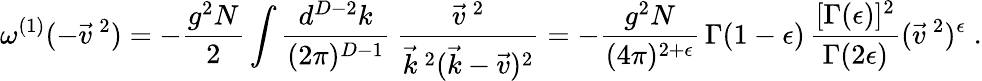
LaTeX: \omega^{(1)}(-\vec{v}^{\: 2})=-\frac{g^{2}N}{2}\int\frac{d^{D-2}k}{(2\pi)^{D-1}}\: \frac{\vec{v}^{\: 2}}{\vec{k}^{\: 2}(\vec{k}-\vec{v})^{2}}=-\frac{g^{2}N}{(4\pi)^{2+\epsilon}}\, \Gamma(1-\epsilon)\, \frac{[\Gamma(\epsilon)]^{2}}{\Gamma(2\epsilon)}(\vec{v}^{\: 2})^{\epsilon}\; .